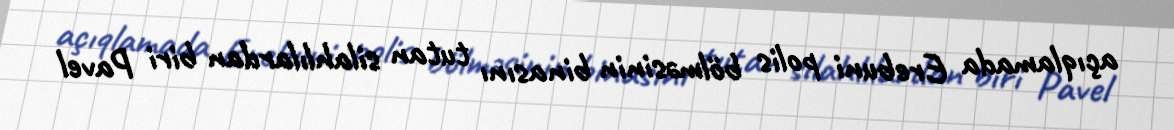
açıqlamada Erebuni polis bölməsinin binasını tutan silahlılardan biri Pavel